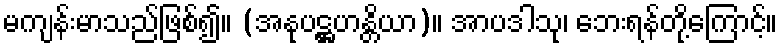
မကျန်းမာသည်ဖြစ်၍။ (အနုပဋ္ဌဟန္တိယာ)။ အာပဒါသု၊ ဘေးရန်တို့ကြောင့်။